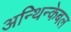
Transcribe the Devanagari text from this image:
अन्थिन्केबल